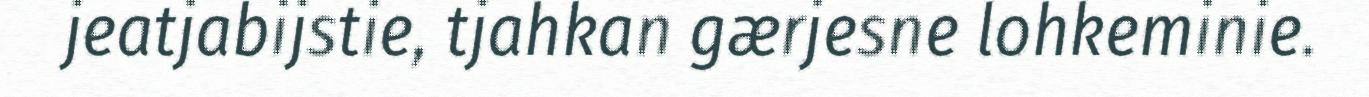
jeatjabijstie, tjahkan gærjesne lohkeminie.